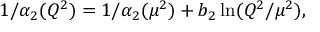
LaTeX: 1 / \alpha _ { 2 } ( Q ^ { 2 } ) = 1 / \alpha _ { 2 } ( \mu ^ { 2 } ) + b _ { 2 } \ln ( Q ^ { 2 } / \mu ^ { 2 } ) ,